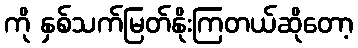
ကို နှစ်သက်မြတ်နိုးကြတယ်ဆိုတော့